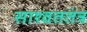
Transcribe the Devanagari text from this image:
साश्वततंत्र